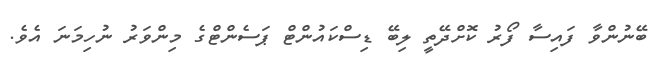
ބޭނުންވާ ފައިސާ ފޯރު ކޮށްދޭތީ ލިބޭ ޑިސްކައުންޓް ޕަސެންޓްގެ މިންވަރު ނުހިމަނަ އެވެ.